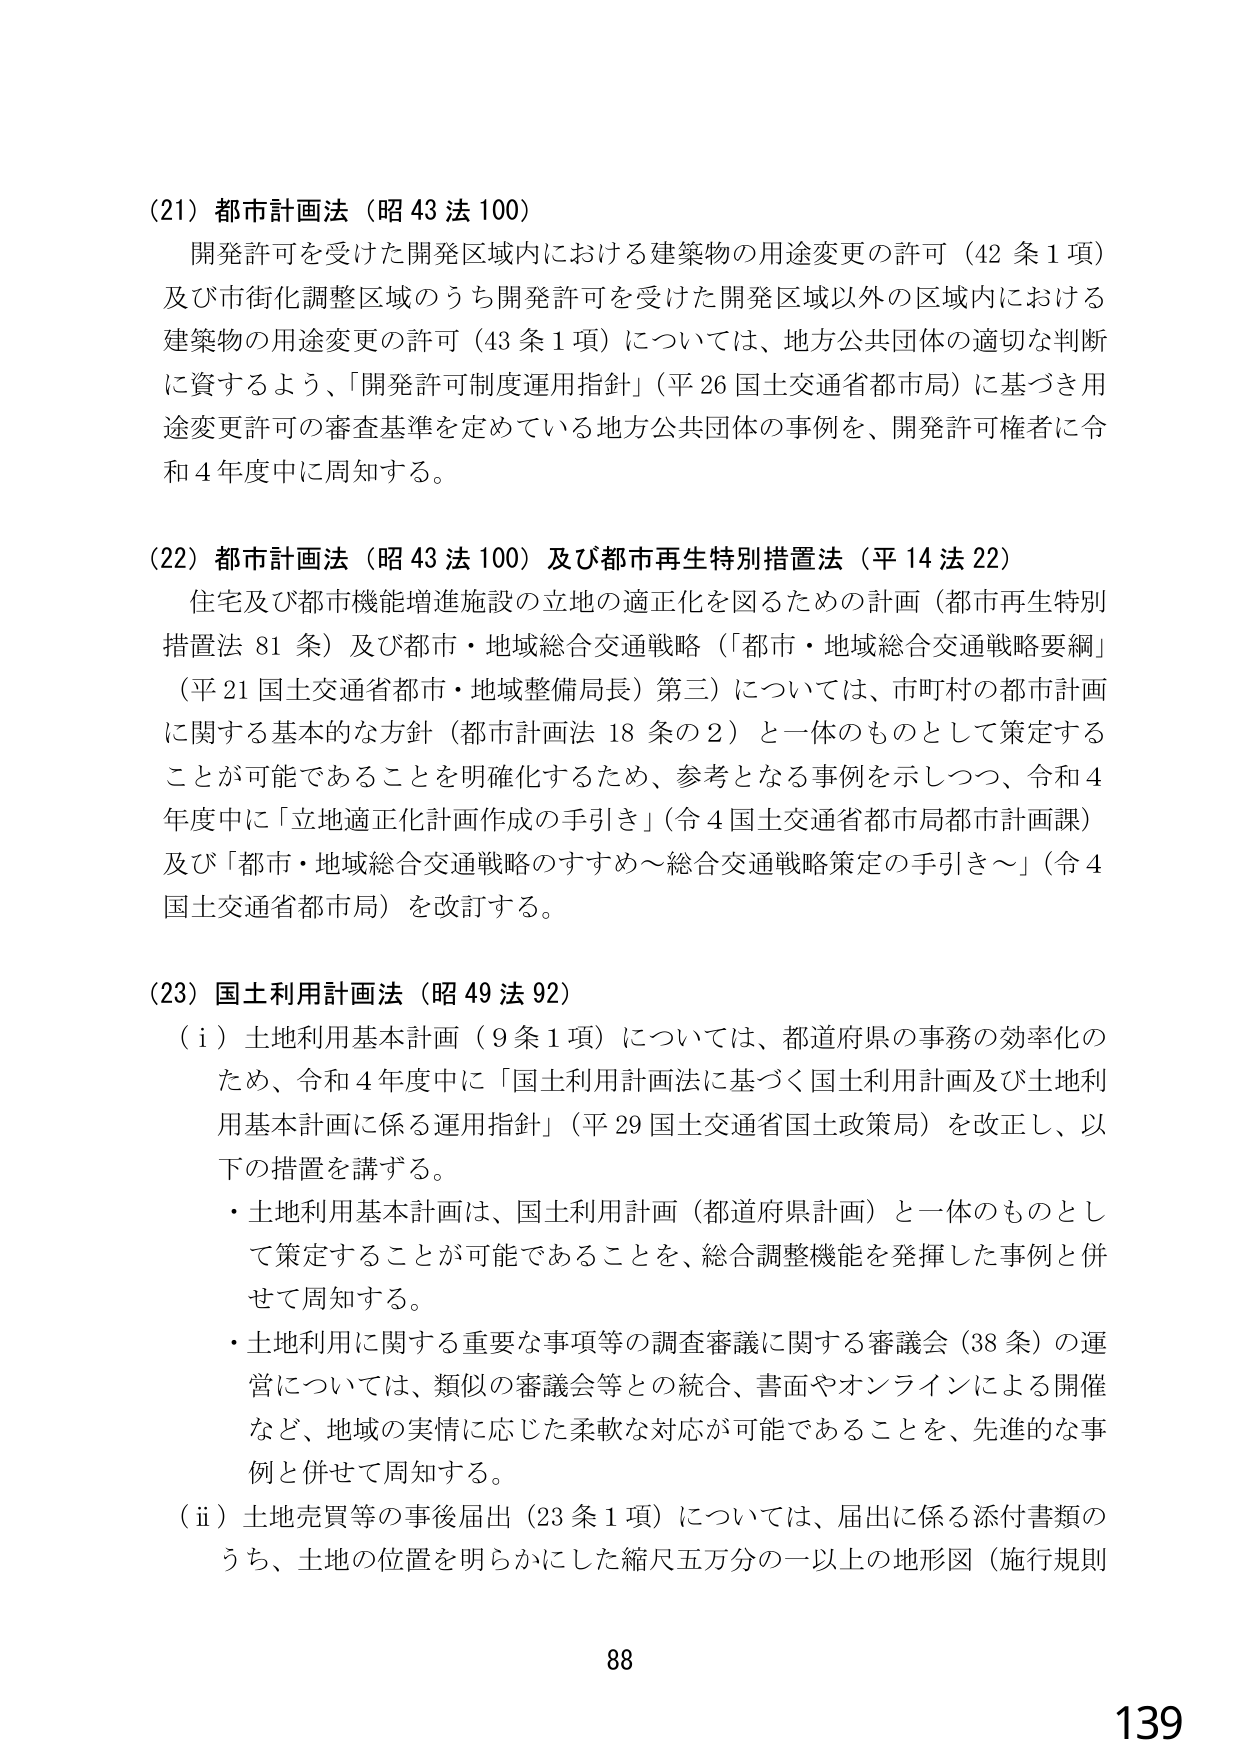
(21) 都市計画法（昭43法100）
開発許可を受けた開発区域内における建築物の用途変更の許可（42条1項）
及び市街化調整区域のうち開発許可を受けた開発区域以外の区域内における
建築物の用途変更の許可（43条1項）については、地方公共団体の適切な判断
に資するよう、「開発許可制度運用指針」（平26 国土交通省都市局）に基づき用途変更許可の審査基準を定めている地方公共団体の事例を、開発許可権者に令和4年度中に周知する。

(22) 都市計画法（昭43法100）及び都市再生特別措置法（平14法22）
住宅及び都市機能増進施設の立地の適正化を図るための計画（都市再生特別
措置法81条）及び都市・地域総合交通戦略（「都市・地域総合交通戦略要綱」
（平21 国土交通省都市・地域整備局長）第三）については、市町村の都市計画
に関する基本的な方針（都市計画法18条の2）と一体のものとして策定する
ことが可能であることを明確化するため、参考となる事例を示しつつ、令和4
年度中に「立地適正化計画作成の手引き」（令4 国土交通省都市局都市計画課）
及び「都市・地域総合交通戦略のすすめ～総合交通戦略策定の手引き～」（令4
国土交通省都市局）を改訂する。

(23) 国土利用計画法（昭49法92）
（i）土地利用基本計画（9条1項）については、都道府県の事務の効率化の
ため、令和4年度中に「国土利用計画法に基づく国土利用計画及び土地利用
基本計画に係る運用指針」（平29 国土交通省国土政策局）を改正し、以
下の措置を講ずる。
・土地利用基本計画は、国土利用計画（都道府県計画）と一体のものとし
て策定することが可能であることを、総合調整機能を発揮した事例と併
せて周知する。
・土地利用に関する重要な事項等の調査審議に関する審議会（38条）の運
営については、類似の審議会等との統合、書面やオンラインによる開催
など、地域の実情に応じた柔軟な対応が可能であることを、先進的な事
例と併せて周知する。
（ii）土地売買等の事後届出（23条1項）については、届出に係る添付書類の
うち、土地の位置を明らかにした縮尺五万分の一以上の地形図（施行規則

88
139